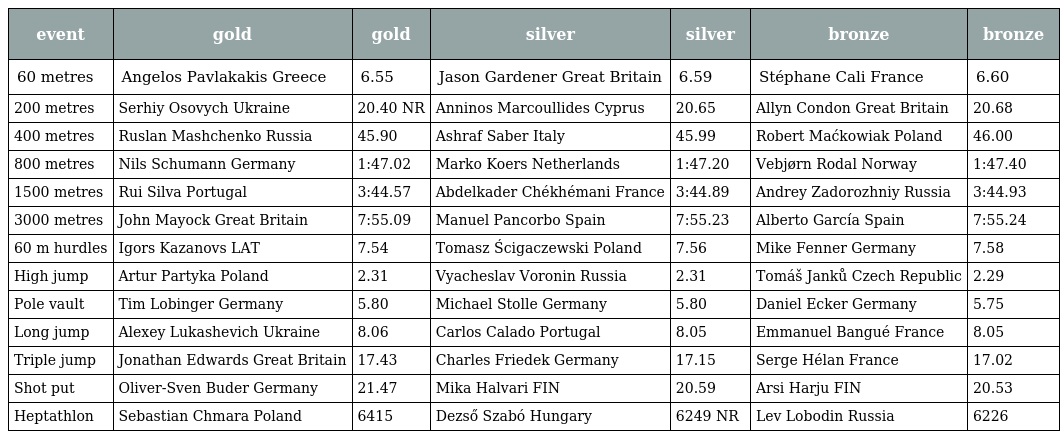
| event | gold | gold | silver | silver | bronze | bronze |
 | --- | --- | --- | --- | --- | --- | --- |
 | 60 metres | Angelos Pavlakakis Greece | 6.55 | Jason Gardener Great Britain | 6.59 | Stéphane Cali France | 6.60 |
 | 200 metres | Serhiy Osovych Ukraine | 20.40 NR | Anninos Marcoullides Cyprus | 20.65 | Allyn Condon Great Britain | 20.68 |
 | 400 metres | Ruslan Mashchenko Russia | 45.90 | Ashraf Saber Italy | 45.99 | Robert Maćkowiak Poland | 46.00 |
 | 800 metres | Nils Schumann Germany | 1:47.02 | Marko Koers Netherlands | 1:47.20 | Vebjørn Rodal Norway | 1:47.40 |
 | 1500 metres | Rui Silva Portugal | 3:44.57 | Abdelkader Chékhémani France | 3:44.89 | Andrey Zadorozhniy Russia | 3:44.93 |
 | 3000 metres | John Mayock Great Britain | 7:55.09 | Manuel Pancorbo Spain | 7:55.23 | Alberto García Spain | 7:55.24 |
 | 60 m hurdles | Igors Kazanovs LAT | 7.54 | Tomasz Ścigaczewski Poland | 7.56 | Mike Fenner Germany | 7.58 |
 | High jump | Artur Partyka Poland | 2.31 | Vyacheslav Voronin Russia | 2.31 | Tomáš Janků Czech Republic | 2.29 |
 | Pole vault | Tim Lobinger Germany | 5.80 | Michael Stolle Germany | 5.80 | Daniel Ecker Germany | 5.75 |
 | Long jump | Alexey Lukashevich Ukraine | 8.06 | Carlos Calado Portugal | 8.05 | Emmanuel Bangué France | 8.05 |
 | Triple jump | Jonathan Edwards Great Britain | 17.43 | Charles Friedek Germany | 17.15 | Serge Hélan France | 17.02 |
 | Shot put | Oliver-Sven Buder Germany | 21.47 | Mika Halvari FIN | 20.59 | Arsi Harju FIN | 20.53 |
 | Heptathlon | Sebastian Chmara Poland | 6415 | Dezső Szabó Hungary | 6249 NR | Lev Lobodin Russia | 6226 |